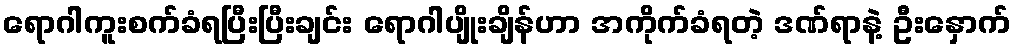
ရောဂါကူးစက်ခံရပြီးပြီးချင်း ရောဂါပျိုးချိန်ဟာ အကိုက်ခံရတဲ့ ဒဏ်ရာနဲ့ ဦးနှောက်